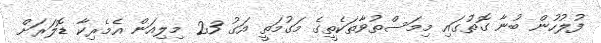
ފުލުހުން ބުނާ ގޮތުގައި މިމަސްތުވާތަކެތީގެ މަގުމަތީ އަގު 23 މިލިއަން އެމެރިކާ ޑޮލަރަށް